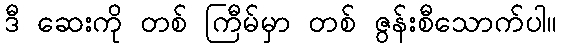
ဒီ ဆေးကို တစ် ကြီမ်မှာ တစ် ဇွန်းစီသောက်ပါ။